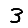
Digit: 3